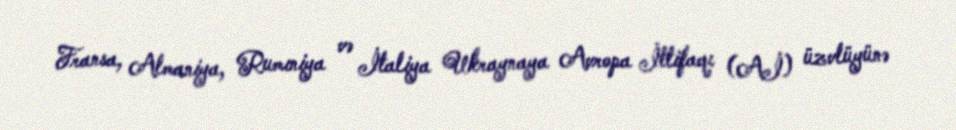
Fransa, Almaniya, Rumıniya və İtaliya Ukraynaya Avropa İttifaqı (Aİ) üzvlüyünə